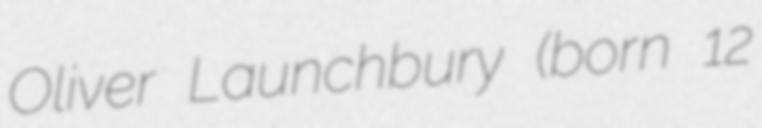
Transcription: Oliver Launchbury (born 12